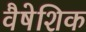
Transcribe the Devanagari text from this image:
वैषेशिक